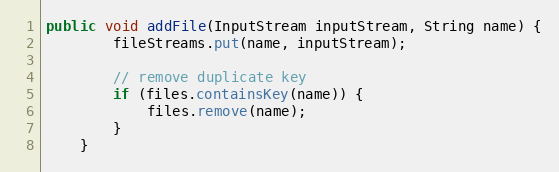
Language: Java
public void addFile(InputStream inputStream, String name) {
        fileStreams.put(name, inputStream);

        // remove duplicate key
        if (files.containsKey(name)) {
            files.remove(name);
        }
    }